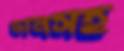
ডানসহ